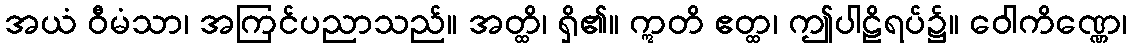
အယံ ဝီမံသာ၊ အကြင်ပညာသည်။ အတ္ထိ၊ ရှိ၏။ ဣတိ ဧတ္ထ၊ ဤပါဠိရပ်၌။ ဝေါကိဏ္ဏေ၊